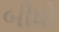
બીધો